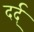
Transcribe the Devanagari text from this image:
दर्द्